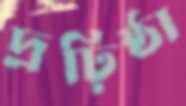
দ্রঢ়িষ্ঠা